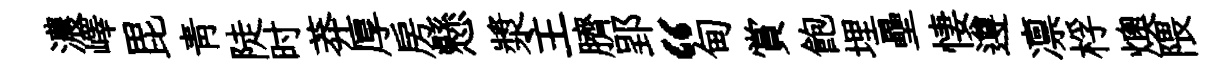
濃嶧毘靑陡时莽厚房懸漿主臍郢“甸賞飽埋壘悽遵凛桴燠隈